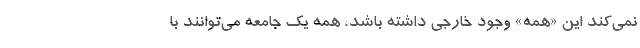
نمی‌کند این «همه» وجود خارجی داشته باشد، همه یک جامعه می‌توانند با